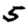
Digit: 5